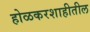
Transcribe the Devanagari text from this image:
होळकरशाहीतील